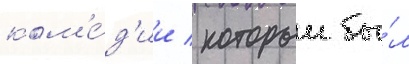
ком'е́д'ии / которыи бы́л